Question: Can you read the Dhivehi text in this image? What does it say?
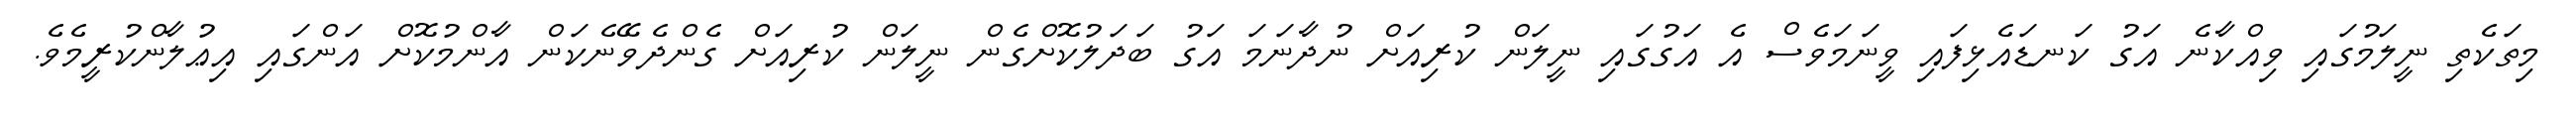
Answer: މިތަކެތި ނީލަމުގައި ވިއްކާނެ އަގު ކަނޑައެޅިފައި ވީނަމަވެސް އެ އަގުގައި ނީލަން ކުރިއަށް ނުދާނަމަ އަގު ބަދަލުކޮށްގެން ނީލަން ކުރިއަށް ގެންދެވޭނެކަން އާންމުކޮށް އަންގައި އިޢުލާންކުރީމެވެ.